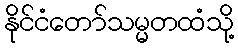
နိုင်ငံတော်သမ္မတထံသို့